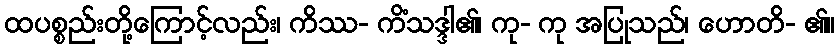
ထပစ္စည်းတို့ကြောင့်လည်း၊ ကိဿ- ကိံသဒ္ဒါ၏၊ ကု- ကု အပြုသည်၊ ဟောတိ- ၏။